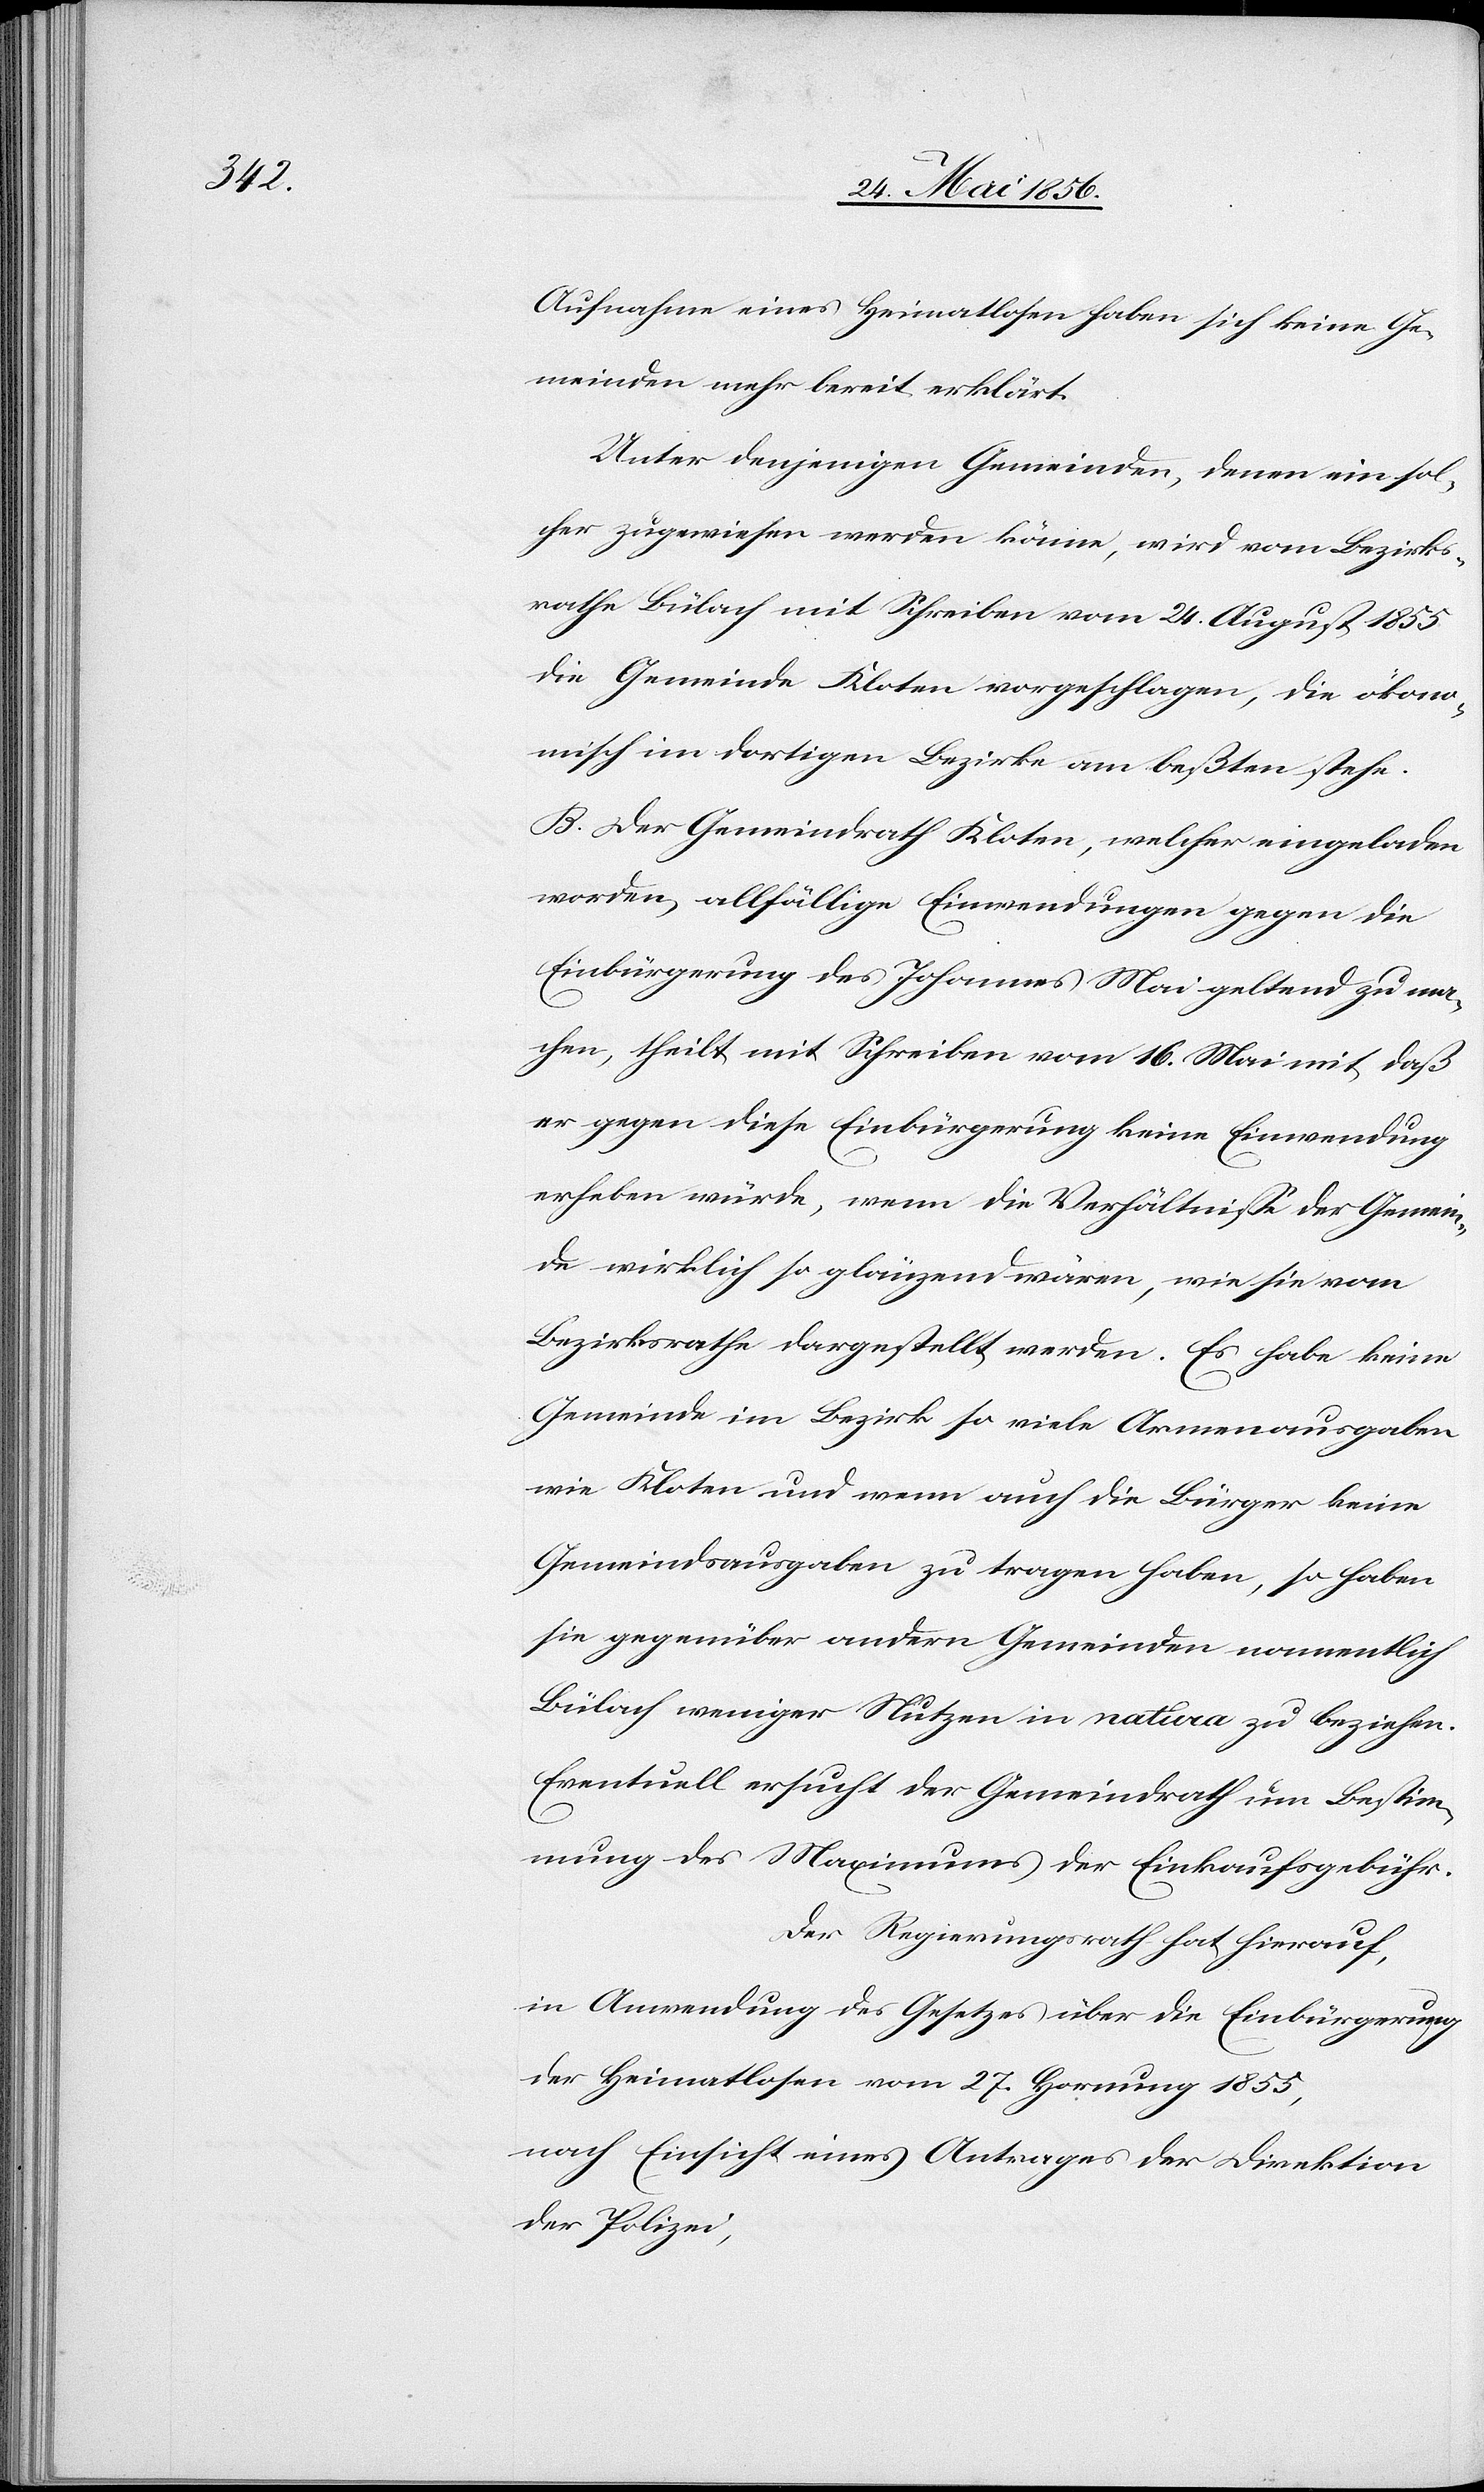
Aufnahme eines heimatlosen haben sich keine Ge¬
meinden mehr bereit erklärt.
Unter denjenigen Gemeinden, denen ein sol¬
cher zugewiesen werden könne, wird vom Bezirks¬
rath Bülach mit Schreiben vom 24. August 1855
die Gemeinde Kloten vorgeschlagen, die ökono¬
misch im dortigen Bezirke am beßten stehe.
B. Der Gemeindrath Kloten, welcher eingeladen
worden, allfällige Einwendungen gegen die
Einbürgerung des Johannes Mai geltend zu ma¬
chen, theilt mit Schreiben vom 16. Mai mit, daß
er gegen diese Einbürgerung keine Einwendung
erheben würde, wenn die Verhältnisse der Gemein¬
de wirklich so glänzend wären, wie sie vom
Bezirksrathe dargestellt werden. Es habe keine
Gemeinde im Bezirk so viele Armenausgaben
wie Kloten und wenn auch die Bürger keine
Gemeindsausgaben zu tragen haben, so haben
sie gegenüber andern Gemeinden namentlich
Bülach weniger Nutzen in natura zu beziehen.
Eventuell ersucht der Gemeindrath um Bestim¬
mung des Maximums der Einkaufsgebühr.
Der Regierungsrath hat hierauf,
in Anwendung des Gesetzes über die Einbürgerung
der Heimatlosen vom 27. Hornung 1855,
nach Einsicht eines Antrages der Direktion
der Polizei,